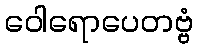
ဝေါရောပေတဗ္ဗံ